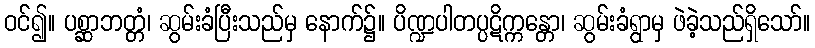
ဝင်၍။ ပစ္ဆာဘတ္တံ၊ ဆွမ်းခံပြီးသည်မှ နောက်၌။ ပိဏ္ဍပါတပ္ပဋိက္ကန္တော၊ ဆွမ်းခံရွာမှ ဖဲခဲ့သည်ရှိသော်။